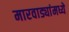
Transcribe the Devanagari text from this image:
मारवाड्यांमध्ये